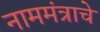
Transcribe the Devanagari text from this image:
नाममंत्राचे